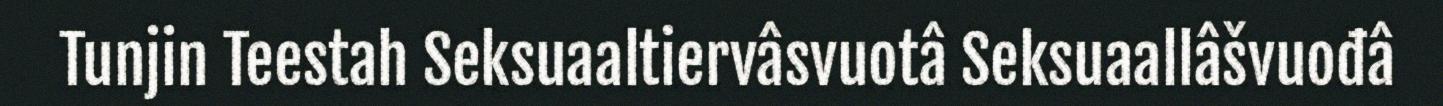
Tunjin Teestah Seksuaaltiervâsvuotâ Seksuaallâšvuođâ